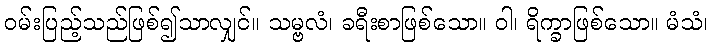
ဝမ်းပြည့်သည်ဖြစ်၍သာလျှင်။ သမ္ဗလံ၊ ခရီးစာဖြစ်သော။ ဝါ၊ ရိက္ခာဖြစ်သော။ မံသံ၊